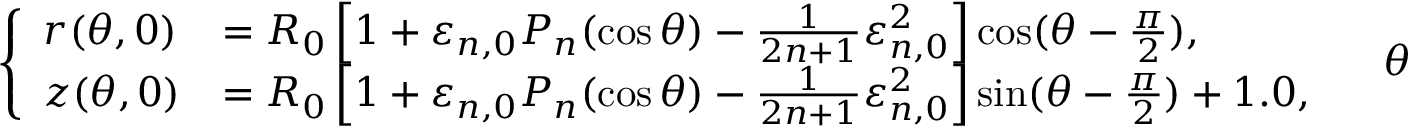
\left\{ \begin{array} { l l } { r ( \theta , 0 ) } & { = R _ { 0 } \left[ 1 + \varepsilon _ { n , 0 } P _ { n } ( \cos \theta ) - \frac { 1 } { 2 n + 1 } \varepsilon _ { n , 0 } ^ { 2 } \right] \cos ( \theta - \frac { \pi } { 2 } ) , } \\ { z ( \theta , 0 ) } & { = R _ { 0 } \left[ 1 + \varepsilon _ { n , 0 } P _ { n } ( \cos \theta ) - \frac { 1 } { 2 n + 1 } \varepsilon _ { n , 0 } ^ { 2 } \right] \sin ( \theta - \frac { \pi } { 2 } ) + 1 . 0 , } \end{array} \right. \quad \theta \in [ 0 , \pi ] , \quad n \geq 2 ,